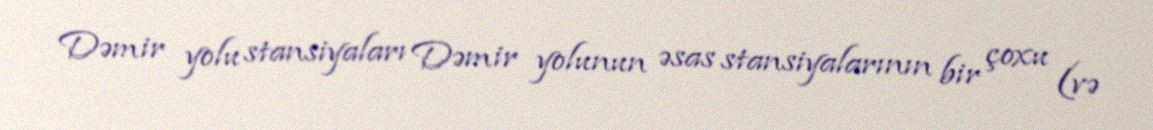
Dəmir yolu stansiyaları Dəmir yolunun əsas stansiyalarının bir çoxu (və